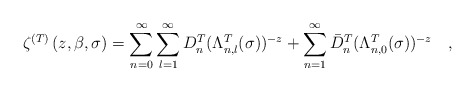
\begin{align*}\zeta^{(T)}\left(z,\beta, \sigma \right)=\sum_{n=0}^{\infty}\sum_{l=1}^{\infty} D^{T}_{n}(\Lambda^{T}_{n,l}(\sigma))^{-z}+\sum_{n=1}^{\infty}\bar{D}^{T}_{n}(\Lambda^{T}_{n,0}(\sigma))^{-z}~~~,\end{align*}